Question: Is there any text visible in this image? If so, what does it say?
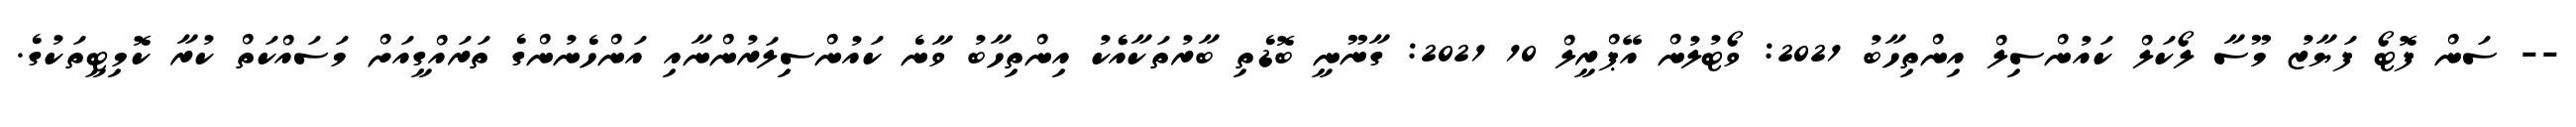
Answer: -- ސަން ފޮޓޯ ފަޔާޒު މޫސާ ލޯކަލް ކައުންސިލް އިންތިހާބު 2021: ވޯޓުލުން އޭޕްރީލް 10 2021: ގާނޫނީ ބޮޑެތި ބާރުތަކާއެެކު އިންތިހާބު ވާނެ ކައުންސިލަރުންނާއި އަންހެނުންގެ ތަރައްގީއަށް މަސައްކަތް ކުރާ ކޮމިޓީތަކުގެ.